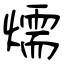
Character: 燸